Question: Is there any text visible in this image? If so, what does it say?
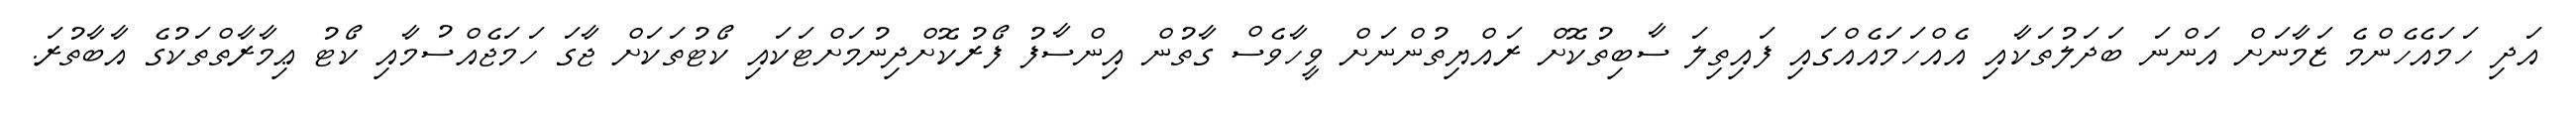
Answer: އަދި ހަމައެހެންމެ ޒަމާނަށް އަންނަ ބަދަލުތަކާއި އެއްހަމައެއްގައި ފައިތިލަ ސާބިތުކޮށް ރައްޔިތުންނަށް ވީހާވެސް ގާތުން އިންސާފު ފޯރުކޮށްދިނުމަށްޓަކައި ކޯޓުތަކަށް ޖާގަ ހަމަޖެއްސުމާއި ކޯޓު ޢިމާރާތްތަކުގެ އާބާތުރަ.